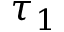
\tau _ { 1 }